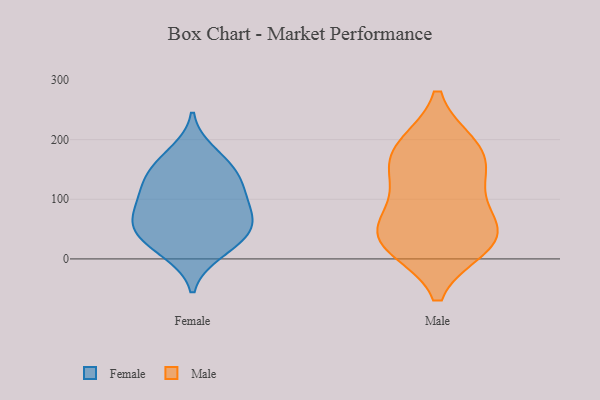
{"axis": {"x": "Bounce Rate (%)", "y": "Value"}, "legend": ["Female", "Male"], "data": [{"x": "", "y": 129, "type": "Female"}, {"x": "", "y": 76, "type": "Female"}, {"x": "", "y": 55, "type": "Female"}, {"x": "", "y": 48, "type": "Female"}, {"x": "", "y": 10, "type": "Female"}, {"x": "", "y": 121, "type": "Female"}, {"x": "", "y": 99, "type": "Female"}, {"x": "", "y": 179, "type": "Female"}, {"x": "", "y": 56, "type": "Female"}, {"x": "", "y": 17, "type": "Female"}, {"x": "", "y": 96, "type": "Female"}, {"x": "", "y": 156, "type": "Female"}, {"x": "", "y": 149, "type": "Female"}, {"x": "", "y": 46, "type": "Female"}, {"x": "", "y": 58, "type": "Male"}, {"x": "", "y": 189, "type": "Male"}, {"x": "", "y": 22, "type": "Male"}, {"x": "", "y": 142, "type": "Male"}, {"x": "", "y": 44, "type": "Male"}, {"x": "", "y": 189, "type": "Male"}, {"x": "", "y": 164, "type": "Male"}, {"x": "", "y": 107, "type": "Male"}, {"x": "", "y": 37, "type": "Male"}, {"x": "", "y": 25, "type": "Male"}]}